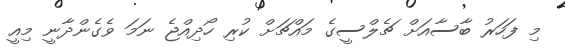
މި ފަހަރު ބާސާއަށް ޗެލްސީގެ މައްޗަށް ކުރި ހޯދިއްޖެ ނަމަ ވެގެންދާނީ މިއީ